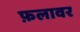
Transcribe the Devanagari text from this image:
फ़लावर